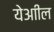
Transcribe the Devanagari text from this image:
येआील